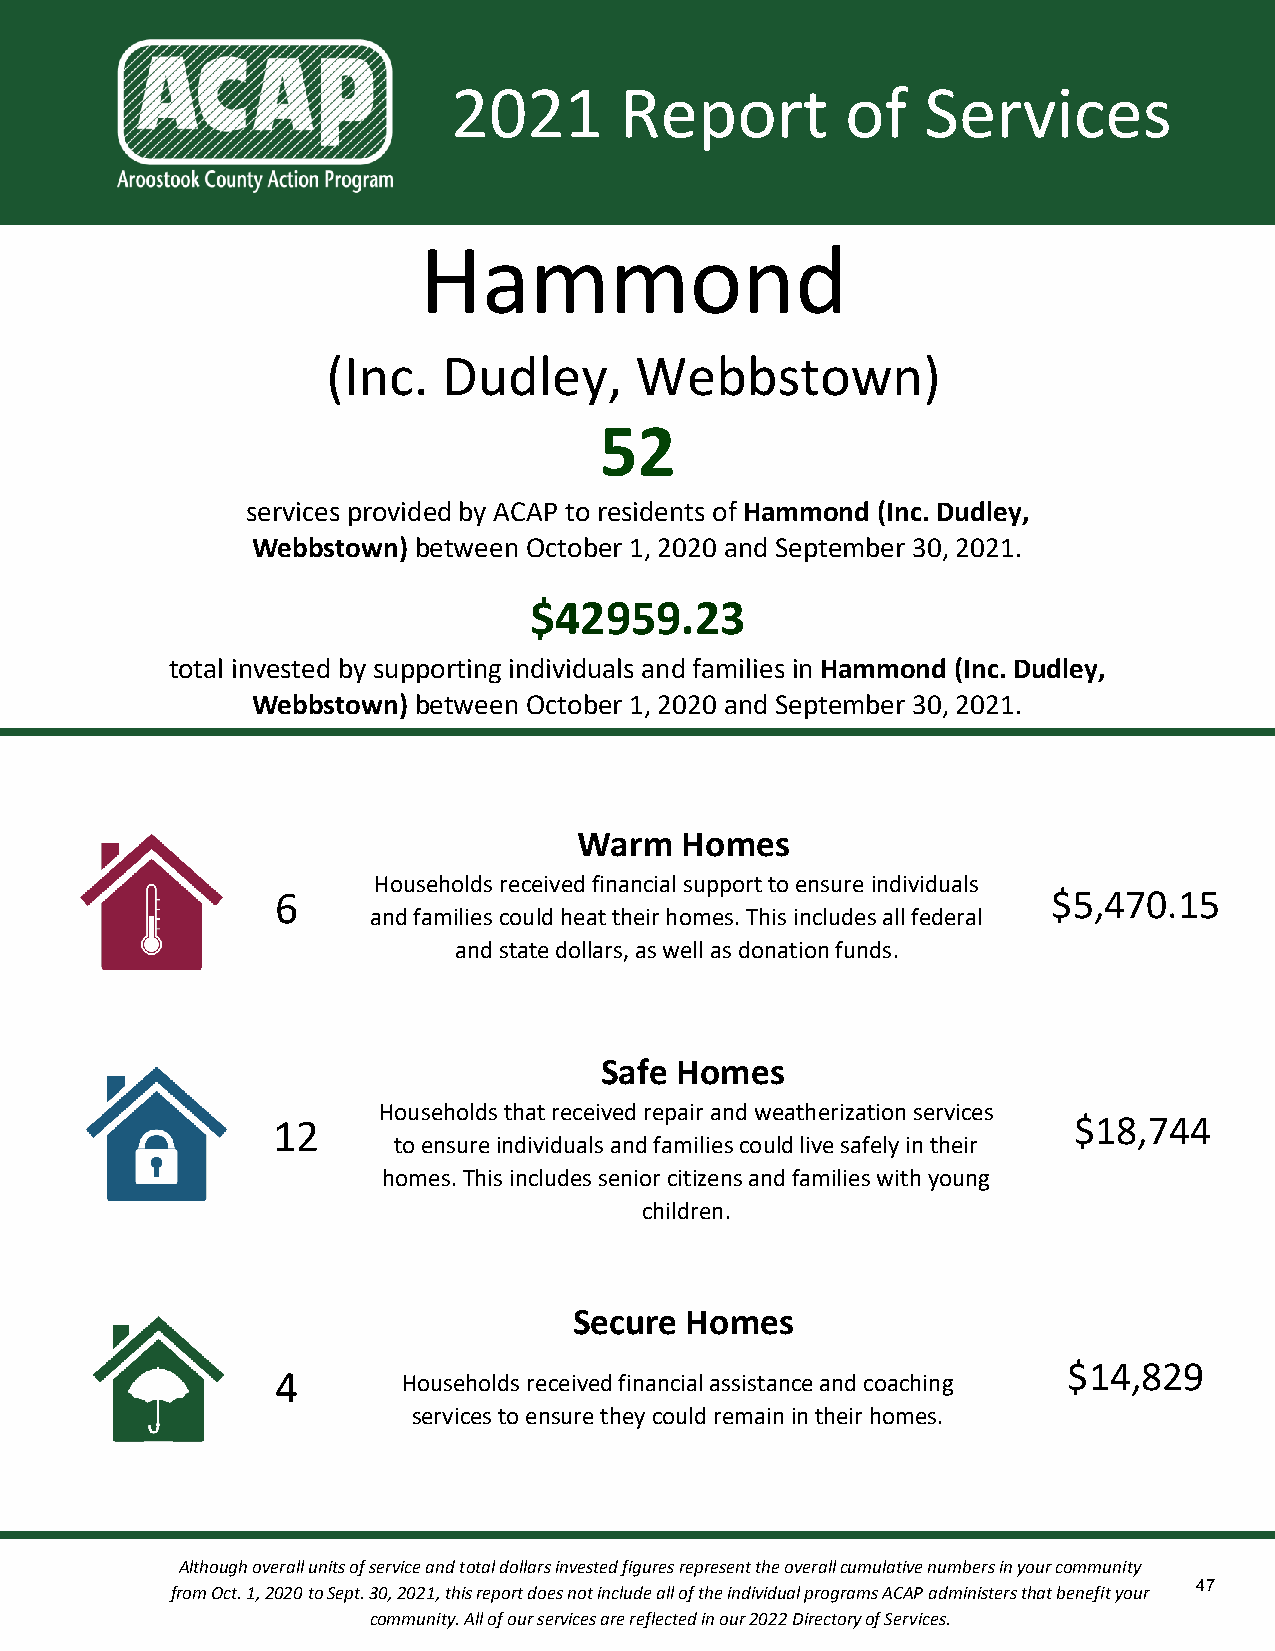
2021       Report         of   Services
 Hammond
 (Inc.  Dudley,      Webbstown)
 52
 services provided by ACAP to residents of Hammond (Inc. Dudley,
 Webbstown) between October 1, 2020 and September 30, 2021.
 $42959.23
 total invested by supporting individuals and families in Hammond (Inc. Dudley,
 Webbstown) between October 1, 2020 and September 30, 2021.
 Warm   Homes
 Households received financial support to ensure individuals
 6                                                   $5,470.15
 and families could heat their homes. This includes all federal
 and state dollars, as well as donation funds.
 Safe Homes
 Households that received repair and weatherization services
 12                                                   $18,744
 to ensure individuals and families could live safely in their
 homes. This includes senior citizens and families with young
 children.
 Secure Homes
 $14,829
 4        Households received financial assistance and coaching
 services to ensure they could remain in their homes.
 Although overall units of service and total dollars invested figures represent the overall cumulative numbers in your community
 47
 from Oct. 1, 2020 to Sept. 30, 2021, this report does not include all of the individual programs ACAP administers that benefit your
 community. All of our services are reflected in our 2022 Directory of Services.